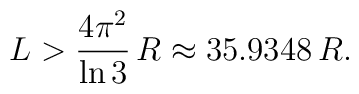
L > {4 \pi^2 \over \ln{3}} \, R \approx 35.9348 \, R.